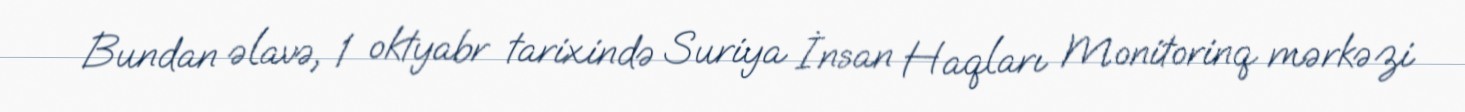
Bundan əlavə, 1 oktyabr tarixində Suriya İnsan Haqları Monitorinq mərkəzi